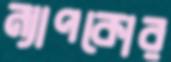
ন্যাপকোর